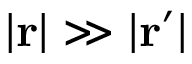
| \mathbf { r } | \gg | \mathbf { r } ^ { \prime } |